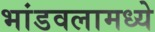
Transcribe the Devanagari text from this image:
भांडवलामध्ये